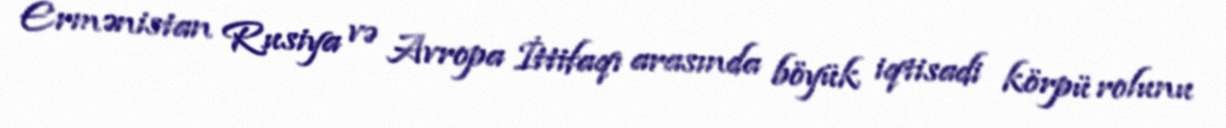
Ermənistan Rusiya və Avropa İttifaqı arasında böyük iqtisadi körpü rolunu